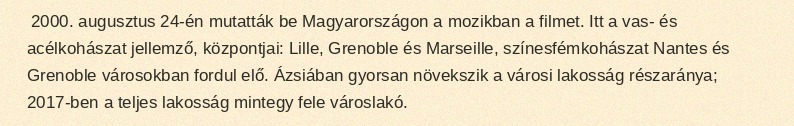
2000. augusztus 24-én mutatták be Magyarországon a mozikban a filmet. Itt a vas- és acélkohászat jellemző, központjai: Lille, Grenoble és Marseille, színesfémkohászat Nantes és Grenoble városokban fordul elő. Ázsiában gyorsan növekszik a városi lakosság részaránya; 2017-ben a teljes lakosság mintegy fele városlakó.